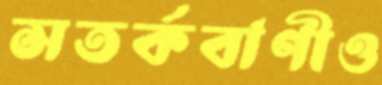
সতর্কবাণীও